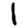
Digit: 1